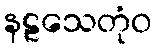
နဠသေတုံဝ